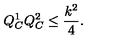
Q _ { C } ^ { 1 } Q _ { C } ^ { 2 } \leq { \frac { k ^ { 2 } } { 4 } } .